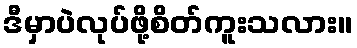
ဒီမှာပဲလုပ်ဖို့စိတ်ကူးသလား။